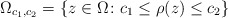
\begin{align*}\Omega_{c_1,c_2}= \{z\in\Omega\colon c_1\le \rho(z)\le c_2\}\end{align*}